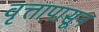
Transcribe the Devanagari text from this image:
वृत्तापासून